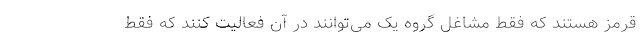
قرمز هستند که فقط مشاغل گروه یک می‌توانند در آن فعالیت کنند که فقط